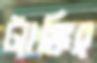
ট্যাঙ্কিং